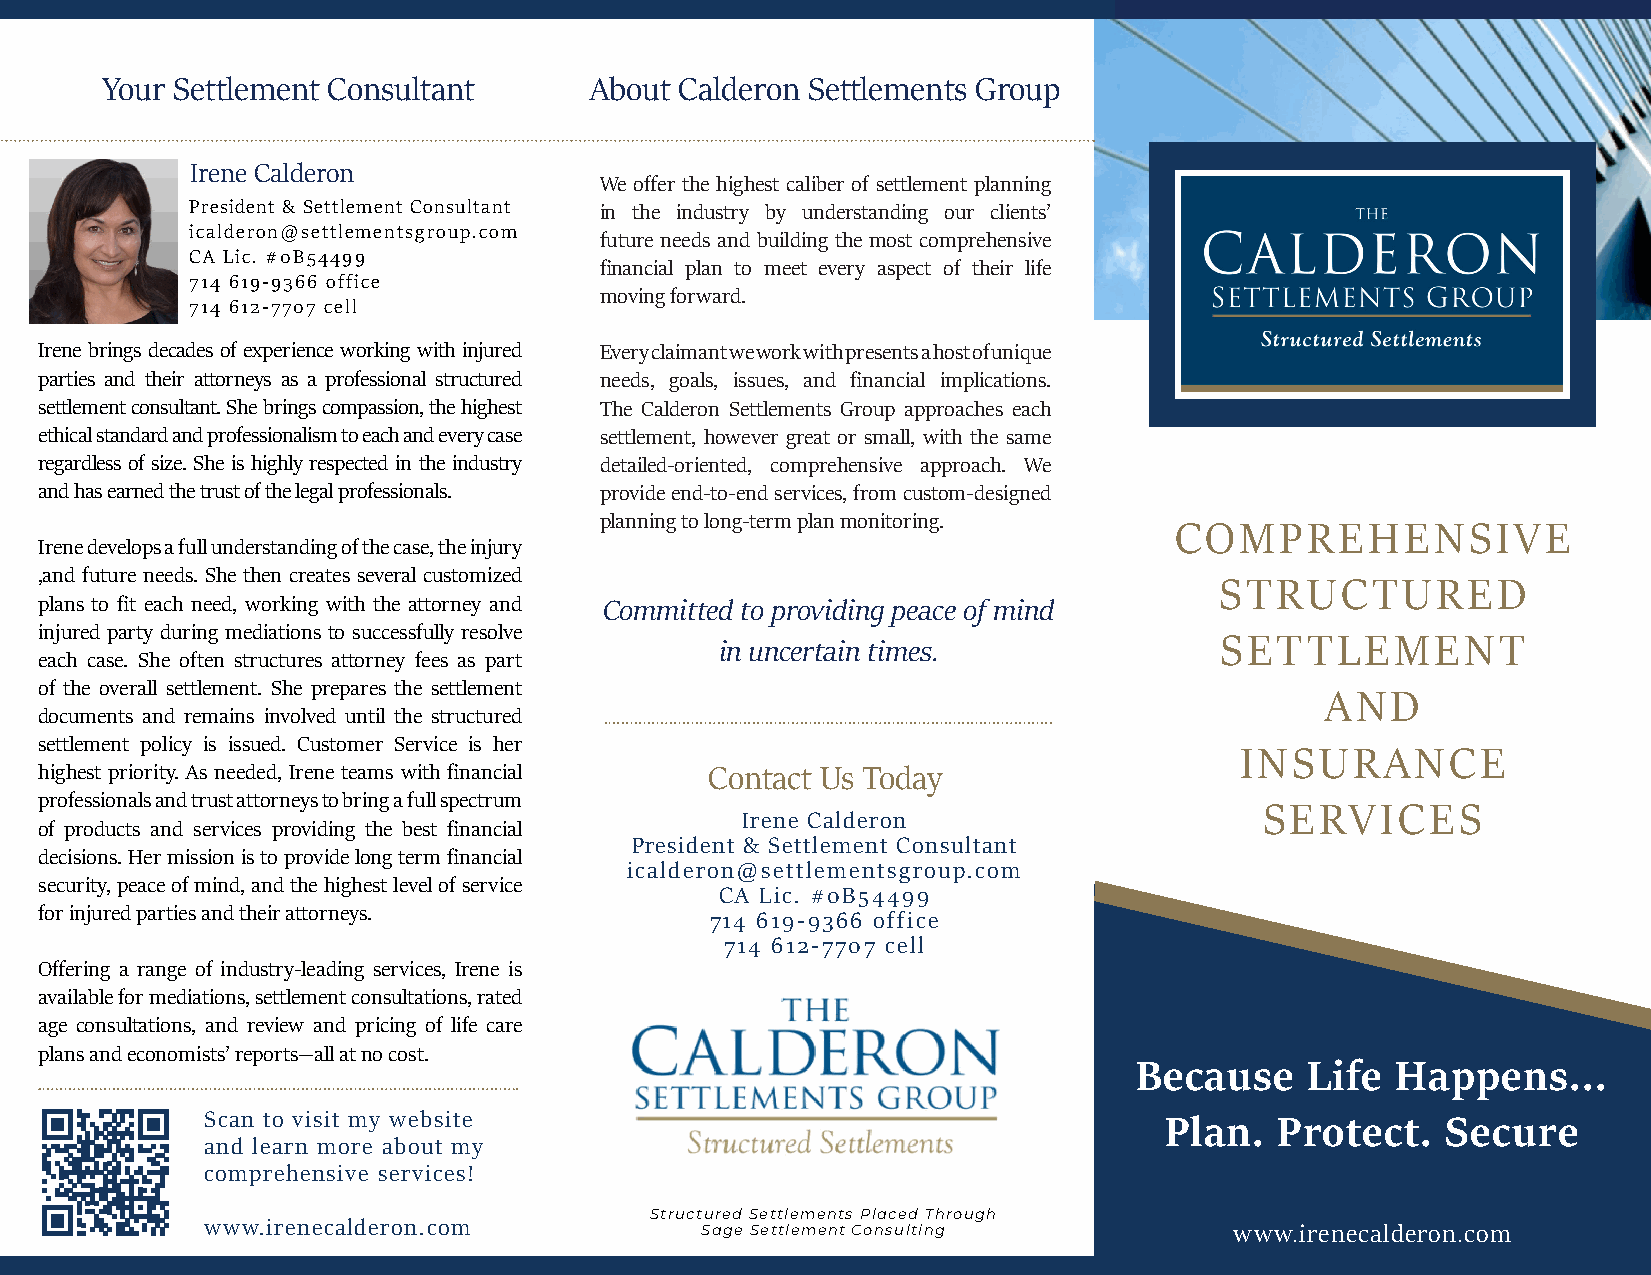
Your Settlement Consultant      About Calderon Settlements Group
 Irene Calderon
 We offer the highest caliber of settlement planning
 President & Settlement Consultant in the industry by understanding our clients’
 icalderon@settlementsgroup.com
 future needs and building the most comprehensive
 CA Lic. #0B54499
 financial plan to meet every aspect of their life
 714 619-9366 office
 moving forward.
 714 612-7707 cell
 Irene brings decades of experience working with injured Every claimant we work with presents a host of unique
 parties and their attorneys as a professional structured needs, goals, issues, and financial implications.
 settlement consultant. She brings compassion, the highest The Calderon Settlements Group approaches each
 ethical standard and professionalism to each and every case settlement, however great or small, with the same
 regardless of size. She is highly respected in the industry detailed-oriented, comprehensive approach. We
 and has earned the trust of the legal professionals. provide end-to-end services, from custom-designed
 planning to long-term plan monitoring.
 COMPREHENSIVE
 Irene develops a full understanding of the case, the injury
 ,and future needs. She then creates several customized
 STRUCTURED
 plans to fit each need, working with the attorney and Committed to providing peace of mind
 injured party during mediations to successfully resolve
 SETTLEMENT
 in uncertain times.
 each case. She often structures attorney fees as part
 of the overall settlement. She prepares the settlement
 AND
 documents and remains involved until the structured
 settlement policy is issued. Customer Service is her
 INSURANCE
 highest priority. As needed, Irene teams with financial Contact Us Today
 professionals and trust attorneys to bring a full spectrum
 SERVICES
 Irene Calderon
 of products and services providing the best financial
 President & Settlement Consultant
 decisions. Her mission is to provide long term financial
 icalderon@settlementsgroup.com
 security, peace of mind, and the highest level of service
 CA Lic. #0B54499
 for injured parties and their attorneys.
 714 619-9366 office
 714 612-7707 cell
 Offering a range of industry-leading services, Irene is
 available for mediations, settlement consultations, rated
 age consultations, and review and pricing of life care
 plans and economists’ reports—all at no cost.
 Because     Life Happens...
 Scan to visit my website                                       Plan.   Protect.   Secure
 and learn more about my
 comprehensive services!
 Structured Settlements Placed Through
 www.irenecalderon.com           Sage Settlement Consulting          www.irenecalderon.com